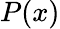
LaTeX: P(x)